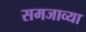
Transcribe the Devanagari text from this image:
समजाव्या